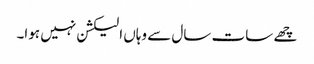
چھے سات سال سے وہاں الیکشن نہیں ہوا۔